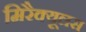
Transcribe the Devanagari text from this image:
मिरैक्यूलस